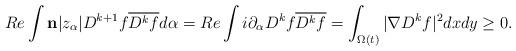
LaTeX: \begin{align*}Re\int \bold{n}|z_{\alpha}| D^{k+1}f\overline{D^k f}d\alpha=Re \int i\partial_{\alpha} D^k f\overline{D^k f}=\int_{\Omega(t)} |\nabla D^k f|^2 dxdy\geq 0.\end{align*}